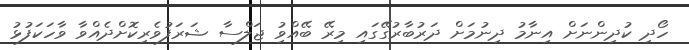
ހޯދި ކުދިންނަށް އިނާމު ދިނުމަށް ދަރުބާރުގޭގައި މިރޭ ބޭއްވުި ޖަލްސާ ޝަރަފުވެރިކޮށްދެއްވާ ވާހަކަފުޅު